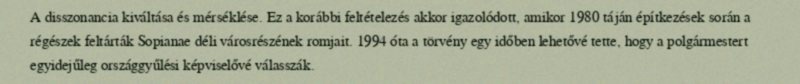
A disszonancia kiváltása és mérséklése. Ez a korábbi feltételezés akkor igazolódott, amikor 1980 táján építkezések során a régészek feltárták Sopianae déli városrészének romjait. 1994 óta a törvény egy időben lehetővé tette, hogy a polgármestert egyidejűleg országgyűlési képviselővé válasszák.